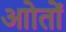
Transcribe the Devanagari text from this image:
आोतों